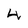
Character: 4